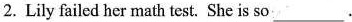
2.Lily failed her math test.She is so___